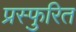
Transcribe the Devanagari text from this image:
प्रस्फुरित